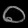
Digit: ၀